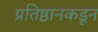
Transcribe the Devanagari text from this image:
प्रतिष्ठानकडून